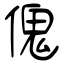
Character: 傀